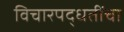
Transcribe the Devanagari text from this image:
विचारपद्धतींचा